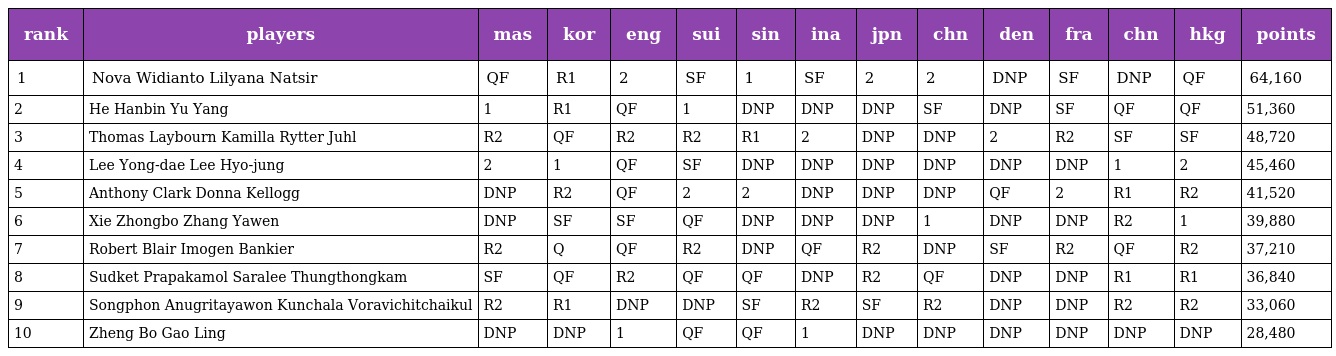
| rank | players | mas | kor | eng | sui | sin | ina | jpn | chn | den | fra | chn | hkg | points |
 | --- | --- | --- | --- | --- | --- | --- | --- | --- | --- | --- | --- | --- | --- | --- |
 | 1 | Nova Widianto Lilyana Natsir | QF | R1 | 2 | SF | 1 | SF | 2 | 2 | DNP | SF | DNP | QF | 64,160 |
 | 2 | He Hanbin Yu Yang | 1 | R1 | QF | 1 | DNP | DNP | DNP | SF | DNP | SF | QF | QF | 51,360 |
 | 3 | Thomas Laybourn Kamilla Rytter Juhl | R2 | QF | R2 | R2 | R1 | 2 | DNP | DNP | 2 | R2 | SF | SF | 48,720 |
 | 4 | Lee Yong-dae Lee Hyo-jung | 2 | 1 | QF | SF | DNP | DNP | DNP | DNP | DNP | DNP | 1 | 2 | 45,460 |
 | 5 | Anthony Clark Donna Kellogg | DNP | R2 | QF | 2 | 2 | DNP | DNP | DNP | QF | 2 | R1 | R2 | 41,520 |
 | 6 | Xie Zhongbo Zhang Yawen | DNP | SF | SF | QF | DNP | DNP | DNP | 1 | DNP | DNP | R2 | 1 | 39,880 |
 | 7 | Robert Blair Imogen Bankier | R2 | Q | QF | R2 | DNP | QF | R2 | DNP | SF | R2 | QF | R2 | 37,210 |
 | 8 | Sudket Prapakamol Saralee Thungthongkam | SF | QF | R2 | QF | QF | DNP | R2 | QF | DNP | DNP | R1 | R1 | 36,840 |
 | 9 | Songphon Anugritayawon Kunchala Voravichitchaikul | R2 | R1 | DNP | DNP | SF | R2 | SF | R2 | DNP | DNP | R2 | R2 | 33,060 |
 | 10 | Zheng Bo Gao Ling | DNP | DNP | 1 | QF | QF | 1 | DNP | DNP | DNP | DNP | DNP | DNP | 28,480 |